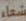
شعاء